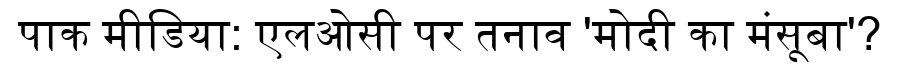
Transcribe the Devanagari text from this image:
पाक मीडिया: एलओसी पर तनाव 'मोदी का मंसूबा'?